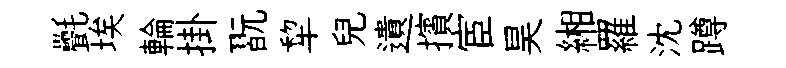
㲲埃輪掛翫犂兒遺擯宦昊緗羅沈蹲